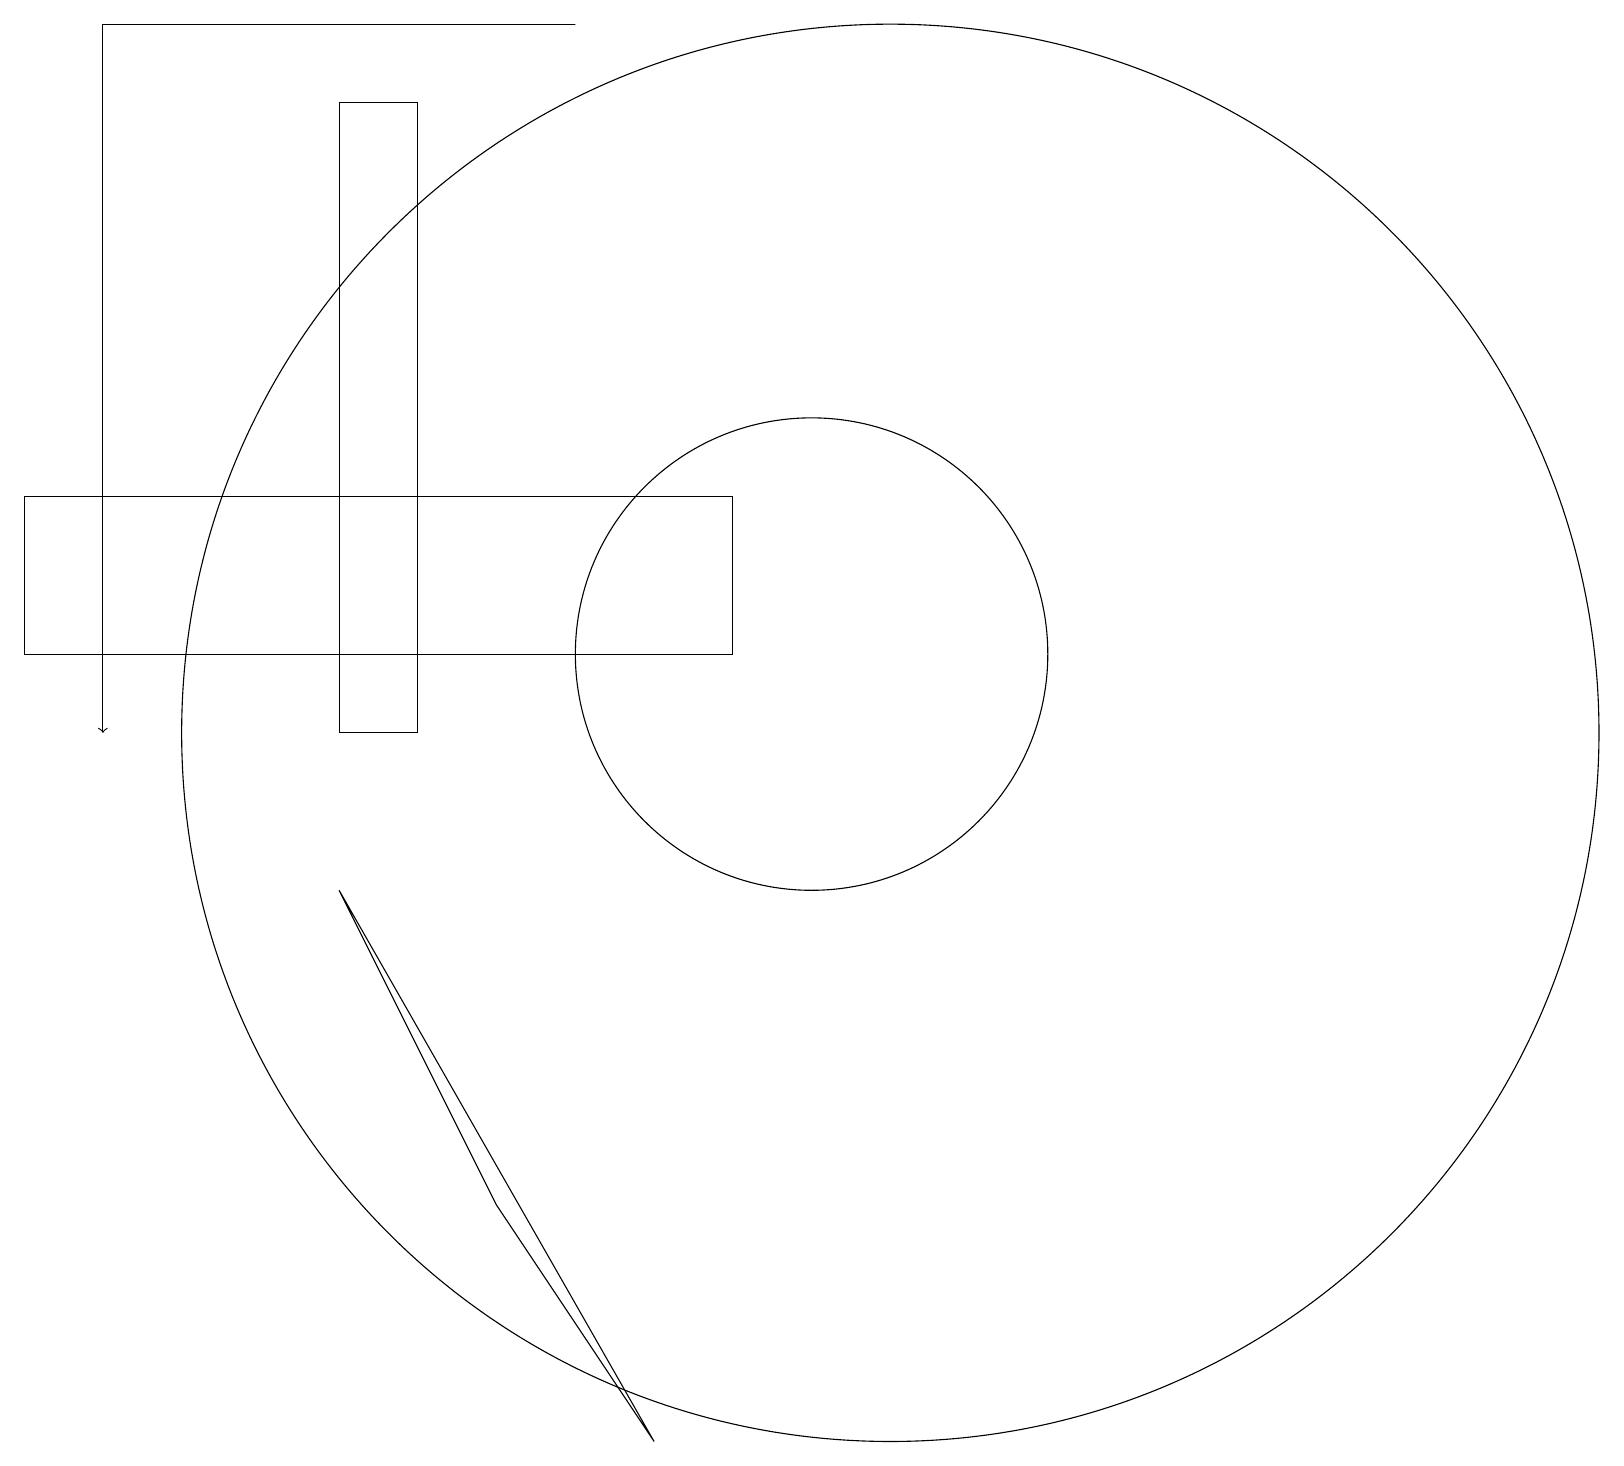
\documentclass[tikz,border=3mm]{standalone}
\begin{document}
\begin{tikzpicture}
\draw[->] (1,19) -- (1,10);
\draw (1,19) rectangle (7,19);
\draw (8,1) -- (4,8) -- (6,4) -- cycle;
\draw (10,11) circle (3);
\draw (11,10) circle (9);
\draw (9,13) rectangle (0,11);
\draw (4,10) rectangle (5,18);
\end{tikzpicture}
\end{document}